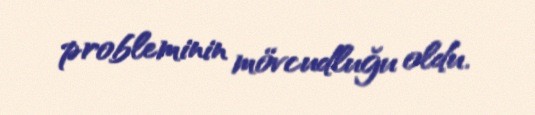
probleminin mövcudluğu oldu.